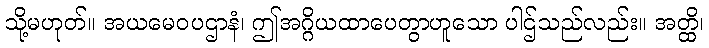
သို့မဟုတ်။ အယမေဝပဌာနံ၊ ဤအဂ္ဂိယထာပေတွာဟူသော ပါဌ်သည်လည်း။ အတ္ထိ၊